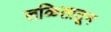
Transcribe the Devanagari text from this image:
लळितातून